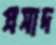
প্রসাদ